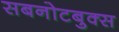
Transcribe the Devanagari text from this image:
सबनोटबुक्स